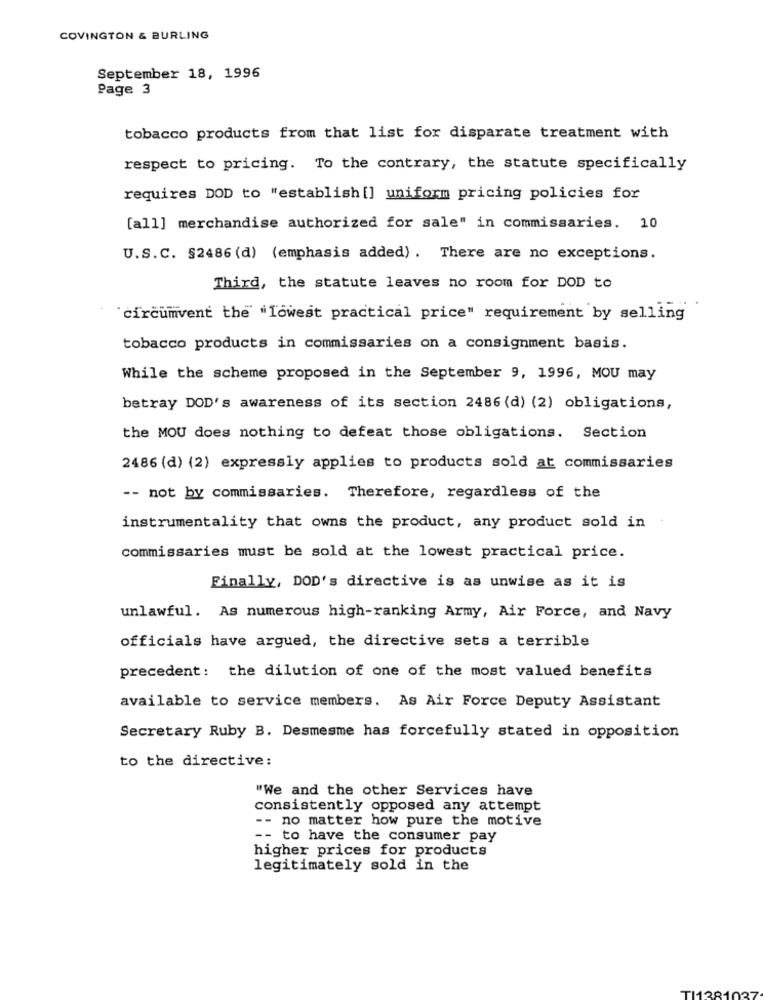
COVINGTON & BURLING
September 18, 1996
Page 3
tobacco products from that list for disparate treatment with
respect to pricing. To the contrary, the statute specifically
requires DOD to "establish[] uniform pricing policies for
[all] merchandise authorized for sale" in commissaries. 10
U.S.C. §2486 (d) (emphasis added) . There are no exceptions.
Third, the statute leaves no room for DOD to
"circumvent the "lowest practical price" requirement by selling
tobacco products in commissaries on a consignment basis.
While the scheme proposed in the September 9, 1996, MOU may
betray DOD's awareness of its section 2486 (d) (2) obligations,
the MOU does nothing to defeat those obligations. Section
2486 (d) (2) expressly applies to products sold at commissaries
-- not by commissaries. Therefore, regardless of the
instrumentality that owns the product, any product sold in
commissaries must be sold at the lowest practical price.
Finally, DOD's directive is as unwise as it is
unlawful. As numerous high-ranking Army, Air Force, and Navy
officials have argued, the directive sets a terrible
precedent: the dilution of one of the most valued benefits
available to service members. As Air Force Deputy Assistant
Secretary Ruby B. Desmesme has forcefully stated in opposition
to the directive:
"We and the other Services have
consistently opposed any attempt
-- no matter how pure the motive
-- to have the consumer pay
higher prices for products
legitimately sold in the